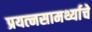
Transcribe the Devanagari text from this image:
प्रयत्‍नसामर्थ्याचे